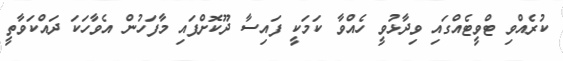
ކުރެއްވި ޓްވީޓެއްގައި ވިދާޅުވީ ހެއްވާ ކަމަކީ ފައިސާ ދޫކޮށްފައި މާފަހުން އެވާހަކަ ދައްކަވާތީ